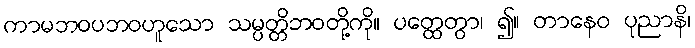
ကာမဘဝပဘဝဟူသော သမ္ပတ္တိဘဝတို့ကို။ ပတ္ထေတွာ၊ ၍။ တာနေဝ ပုညာနိ၊